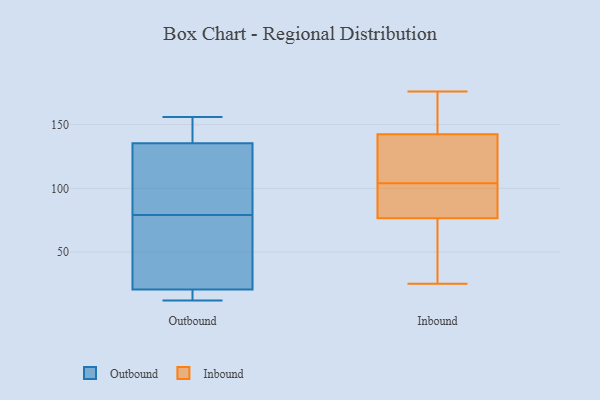
{"axis": {"x": "Headcount", "y": "Value"}, "legend": ["Inbound", "Outbound"], "data": [{"x": "", "y": 51, "type": "Outbound"}, {"x": "", "y": 14, "type": "Outbound"}, {"x": "", "y": 143, "type": "Outbound"}, {"x": "", "y": 12, "type": "Outbound"}, {"x": "", "y": 16, "type": "Outbound"}, {"x": "", "y": 79, "type": "Outbound"}, {"x": "", "y": 22, "type": "Outbound"}, {"x": "", "y": 63, "type": "Outbound"}, {"x": "", "y": 107, "type": "Outbound"}, {"x": "", "y": 115, "type": "Outbound"}, {"x": "", "y": 156, "type": "Outbound"}, {"x": "", "y": 133, "type": "Outbound"}, {"x": "", "y": 153, "type": "Outbound"}, {"x": "", "y": 154, "type": "Inbound"}, {"x": "", "y": 75, "type": "Inbound"}, {"x": "", "y": 126, "type": "Inbound"}, {"x": "", "y": 96, "type": "Inbound"}, {"x": "", "y": 25, "type": "Inbound"}, {"x": "", "y": 83, "type": "Inbound"}, {"x": "", "y": 76, "type": "Inbound"}, {"x": "", "y": 142, "type": "Inbound"}, {"x": "", "y": 113, "type": "Inbound"}, {"x": "", "y": 144, "type": "Inbound"}, {"x": "", "y": 70, "type": "Inbound"}, {"x": "", "y": 117, "type": "Inbound"}, {"x": "", "y": 156, "type": "Inbound"}, {"x": "", "y": 112, "type": "Inbound"}, {"x": "", "y": 85, "type": "Inbound"}, {"x": "", "y": 80, "type": "Inbound"}, {"x": "", "y": 176, "type": "Inbound"}, {"x": "", "y": 35, "type": "Inbound"}, {"x": "", "y": 77, "type": "Inbound"}, {"x": "", "y": 143, "type": "Inbound"}]}